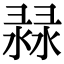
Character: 𢑨